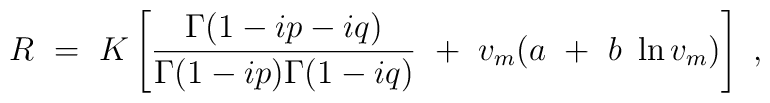
R~=~K \left[ {\Gamma(1-ip-iq) \over \Gamma(1-ip) \Gamma(1-iq)}~+~v_{m}(a~+~b~\ln v_{m}) \right]~,